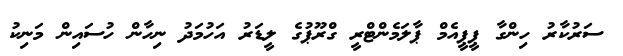
ސަރުކާރު ހިންގާ ޕީޕީއެމް ޕާލަމެންޓްރީ ގްރޫޕުގެ ލީޑަރު އަހުމަދު ނިހާން ހުސައިން މަނިކު